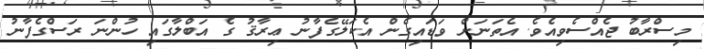
މިސްރާބު ޖެއްސެވިއެވެ. އެތަނަށް ވަޑައިގެން އެކަލޭގެފާނު ޢިރާޤު ގެ އަބްލާގައި ހުންނަ ރަސްގެފާނު